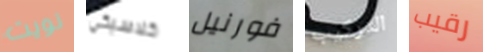
نويت كلاسيكي فورنيل التركيب رقيب